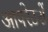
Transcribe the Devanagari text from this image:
आपरेटरों